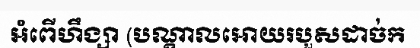
អំពើហឹង្សា (បណ្តាលអោយរបួសដាច់ក